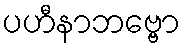
ပဟီနာဘဗ္ဗော